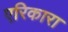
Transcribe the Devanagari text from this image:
एरिकारा